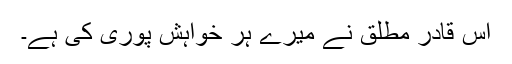
اس قادر مطلق نے میرے ہر خواہش پوری کی ہے۔